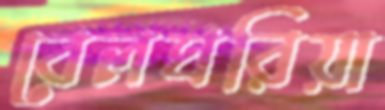
বেলঘরিয়া